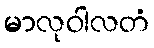
မာလုဝါလတံ